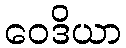
ဝေဒိယာ